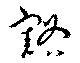
豁